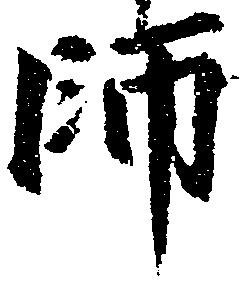
師